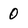
Character: 0